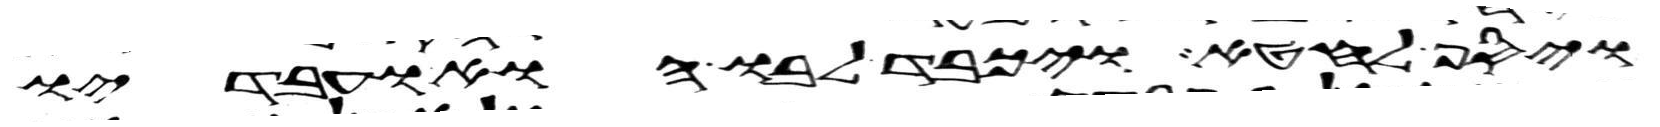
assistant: ויסף לחטא ויכבד לבו הוא ועבדיו